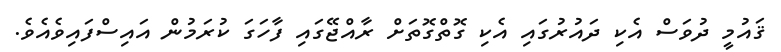
ޤައުމީ ދުވަސް އެކި ދައުރުގައި އެކި ގޮތްގޮތަށް ރާއްޖޭގައި ފާހަގަ ކުރަމުން އައިސްފައިވެއެވެ.